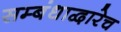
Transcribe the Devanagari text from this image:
सम्बंधाद्वारेच